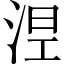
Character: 𣵀